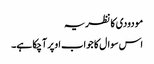
مودودی کا نظریہ
اس سوال کا جواب اوپر آچکا ہے۔